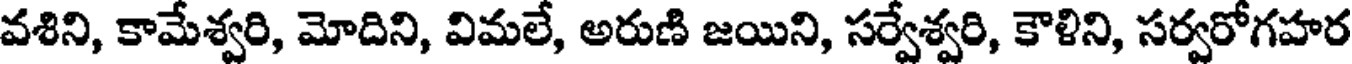
వశిని, కామేశ్వరి, మోదిని, విమలే, అరుణి జయిని, సర్వేశ్వరి, కౌళిని, సర్వరోగహర